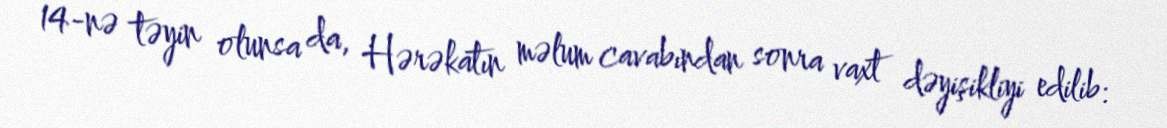
14-nə təyin olunsa da, Hərəkatın məlum cavabından sonra vaxt dəyişikliyi edilib: